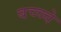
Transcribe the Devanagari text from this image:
बच्च्चे